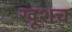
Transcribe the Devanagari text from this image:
खूशच